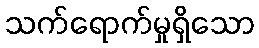
သက်ရောက်မှုရှိသော